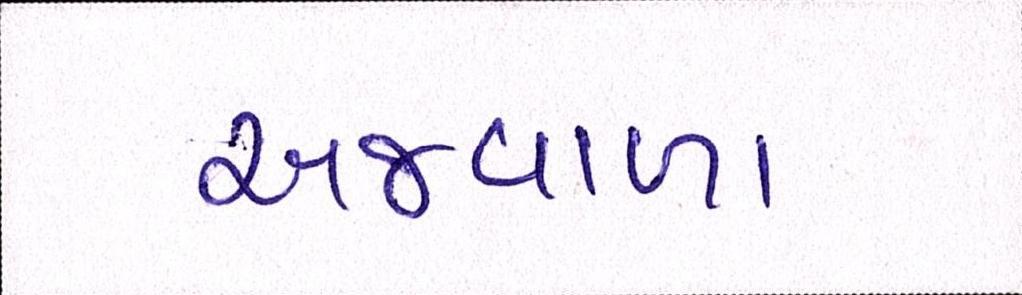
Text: અજવાળાં